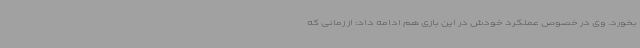
بخورد. وی در خصوص عملکرد خودش در این بازی هم ادامه داد: از زمانی که